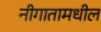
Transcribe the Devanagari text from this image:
नीगातामधील